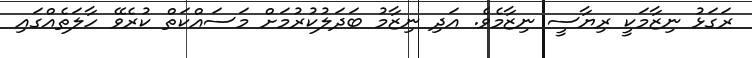
ރަގަޅު ނިޒާމަކީ ރިޔާސީ ނިޒާމެވެ. އަދި ނިޒާމު ބަދަލުކުރުމަށް މަސައްކަތް ކުރެވޭ ހާލަތެއްގައި